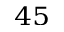
^ { 4 5 }